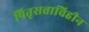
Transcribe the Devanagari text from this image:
पितृसत्ताविहीन